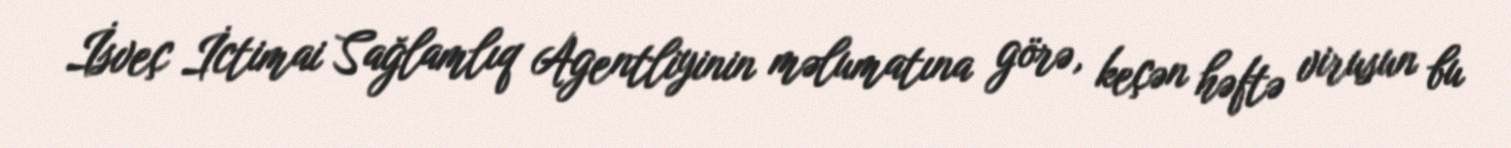
İsveç İctimai Sağlamlıq Agentliyinin məlumatına görə, keçən həftə virusun bu